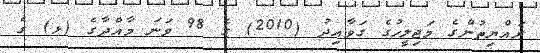
ރައްޔިތުންގެ މަޖިލީހުގެ ގަވާއިދު (2010) ގެ 98 ވަނަ މާއްދާގެ (ޅ) ގެ